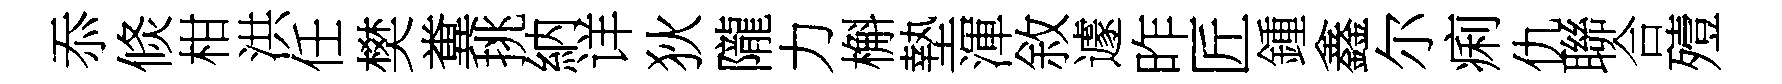
忝倐柑洪任樊糞挑納详狄隴力槲墊渾敘遽昨匠鍾鑫尔痢仇聯合殪